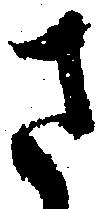
さ